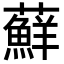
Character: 蘚